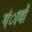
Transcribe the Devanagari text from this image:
गंावों